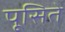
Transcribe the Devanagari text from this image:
पूसिते